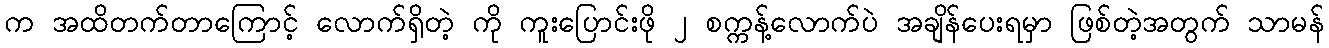
က အထိတက်တာကြောင့် လောက်ရှိတဲ့ ကို ကူးပြောင်းဖို ၂ စက္ကန့်လောက်ပဲ အချိန်ပေးရမှာ ဖြစ်တဲ့အတွက် သာမန်